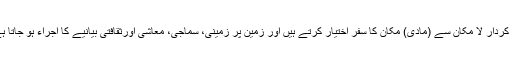
لباس کے شعور کے بعد، تحدید کے تجربے سے گزرنے کے بعد، یہ دو مقدس کردار لا مکان سے (مادی) مکان کا سفر اختیار کرتے ہیں اور زمین پر زمینی، سماجی، معاشی اورثقافتی بیانیے کا اجراء ہو جاتا ہے جو تاریخ کی شکل میں آج بھی اپنی انتہا کی طرف مراجعت کرتا نظر آتا ہے۔